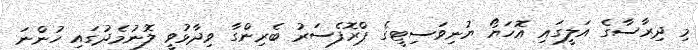
މި ދިރާސާގެ އަލީގައި އޮހަޔޯ ޔުނިވަސިޓީގެ ޕްރޮފެސަރު ބެރިންގާ ވިދާޅުވީ ލޮނުމެދުގައި ހުންނަ